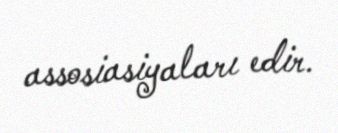
assosiasiyaları edir.